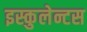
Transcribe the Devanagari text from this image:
इस्कुलेन्टस